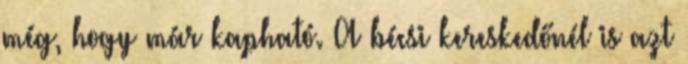
még, hogy már kapható. A bécsi kereskedőnél is azt